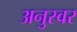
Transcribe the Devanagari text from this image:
अनुस्वर